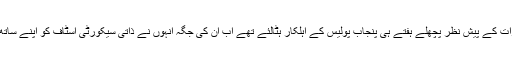
رانا صاحب نے خطرات کے پیش نظر پچھلے ہفتے ہی پنجاب پولیس کے اہلکار ہٹالئے تھے اب ان کی جگہ انہوں نے ذاتی سیکورٹی اسٹاف کو اپنے ساتھ تعینات کر رکھا تھا۔